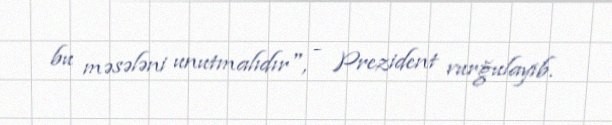
bu məsələni unutmalıdır", - Prezident vurğulayıb.